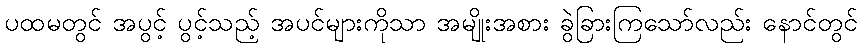
ပထမတွင် အပွင့် ပွင့်သည့် အပင်များကိုသာ အမျိုးအစား ခွဲခြားကြသော်လည်း နောင်တွင်